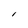
Character: l